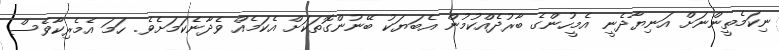
ނިކަމެތީންނަށް އަނިޔާދެނީ އެމީހުންގެ ބާރުދެއްކުމުން އެބަޔަކު ބޭނުންގޮތަކަށް އެކަމެއް ވެދާނެކަމަށެވެ. ހަމަ އެމެރިކާވެސް